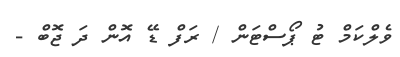
ވެލްކަމް ޓު ޕޯސްޓަން / ރަފް ޑޭ އޮން ދަ ޖޮބް -